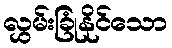
လွှမ်းခြုံနိုင်သော